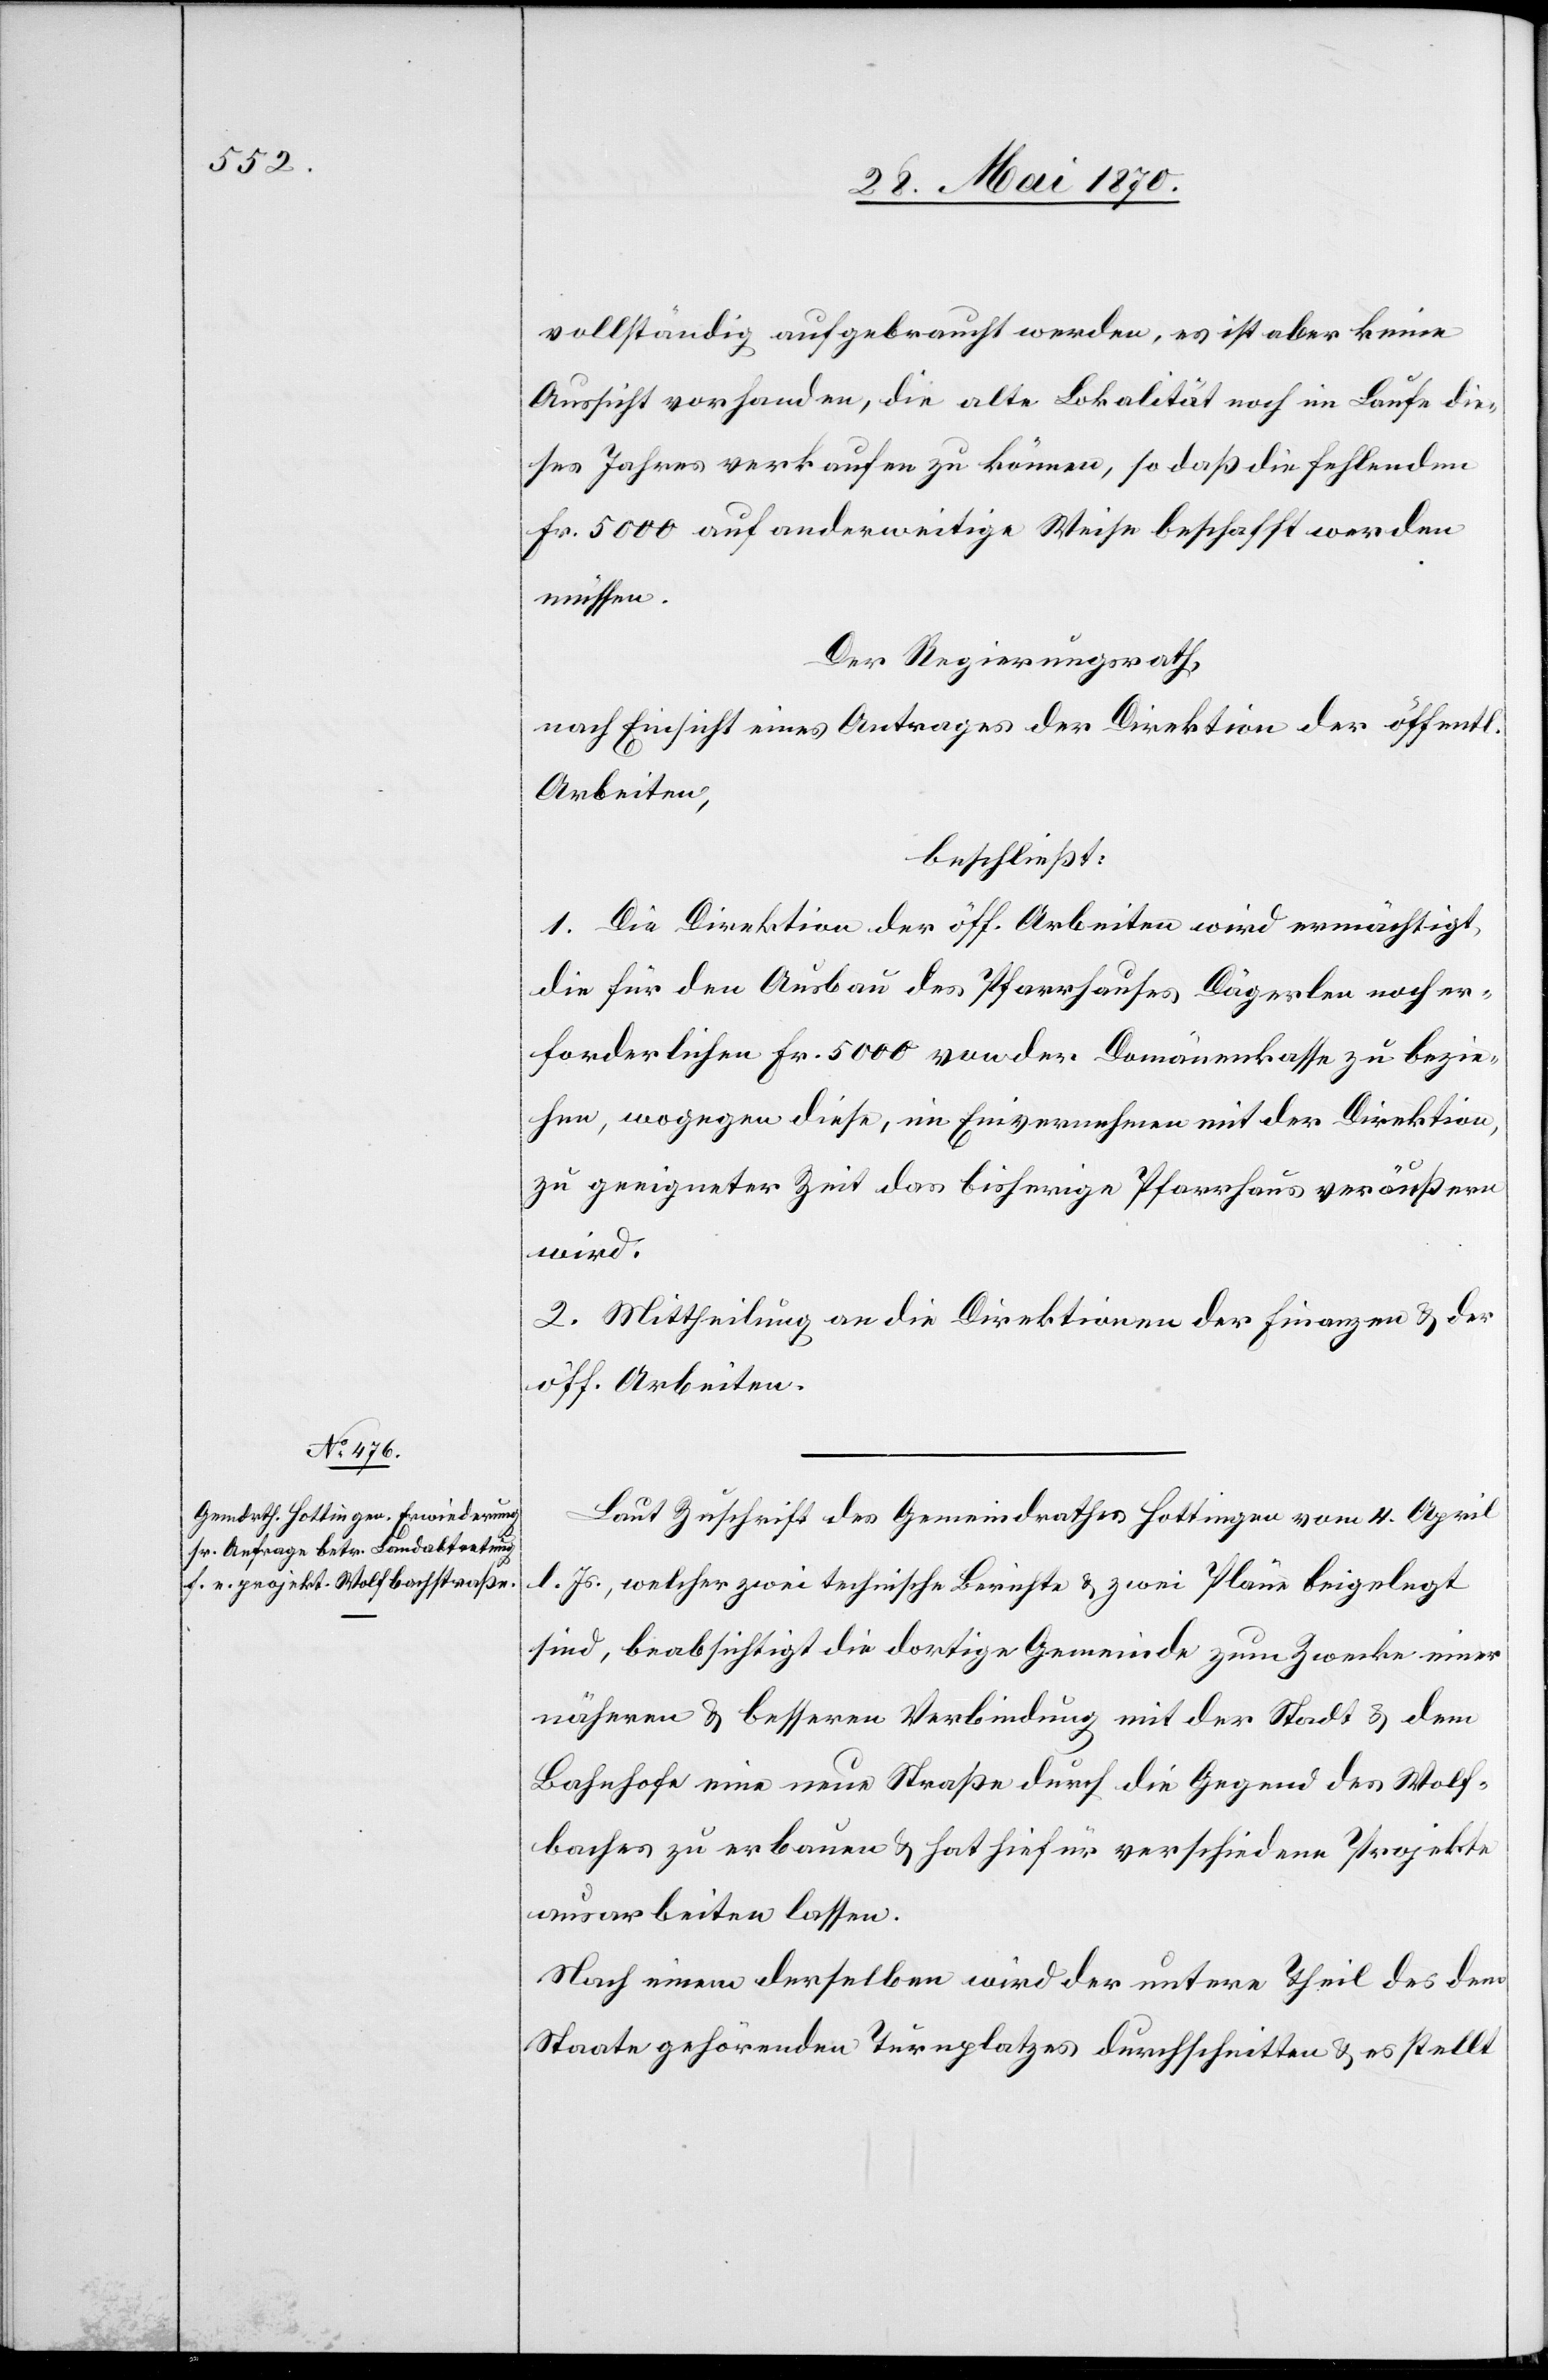
vollständig aufgebraucht werden, es ist aber keine
Aussicht vorhanden, die alte Lokalität noch im Laufe die¬
ses Jahres verkaufen zu können, so daß die fehlenden
Fr. 5000 auf anderweitige Weise beschafft werden
müssen.
Der Regierungsrath,
nach Einsicht eines Antrages der Direktion der öff.
Arbeiten,
beschließt:
1. Die Direktion der öff. Arbeiten wird ermächtigt,
die für den Ausbau des Pfarrhauses Dägerlen noch er¬
forderlichen Fr. 5000 von der Domänenkasse zu bezie¬
hen, wogegen diese, im Einvernehmen mit der Direktion,
zu geeigneter Zeit das bisherige Pfarrhaus veräußern
wird.
2. Mittheilung an die Direktionen der Finanzen & der
öff. Arbeiten.
Laut Zuschrift des Gemeindrathes Hottingen vom 4. April
l. Js., welcher zwei technische Berichte & zwei Pläne beigelegt
sind, beabsichtigt die dortige Gemeinde zum Zwecke einer
näheren & besseren Verbindung mit der Stadt & dem
Bahnhofe eine neue Straße durch die Gegend des Wolf¬
baches zu erbauen & hat hiefür verschiedene Projekte
ausarbeiten lassen.
Nach einem derselben wird der untere Theil des dem
Staate gehörenden Turnplatzes durschnitten & es stellt